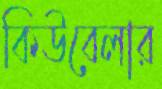
কিউবেলার